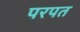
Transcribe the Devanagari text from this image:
परपत